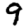
Digit: 9